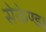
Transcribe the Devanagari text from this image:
सेकेण्ड।